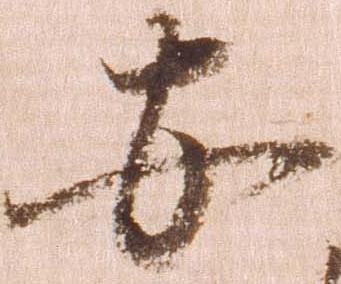
安